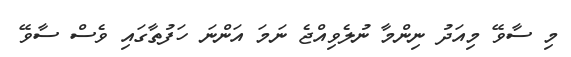
މި ސާވޭ މިއަދު ނިންމާ ނުލެވިއްޖެ ނަމަ އަންނަ ހަފުތާގައި ވެސް ސާވޭ